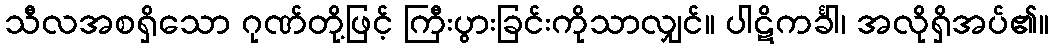
သီလအစရှိသော ဂုဏ်တို့ဖြင့် ကြီးပွားခြင်းကိုသာလျှင်။ ပါဋိကင်္ခါ၊ အလိုရှိအပ်၏။